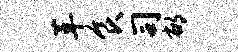
革食司郁